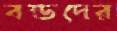
বন্ডদের